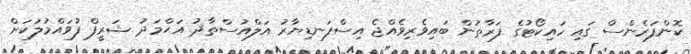
ކޮންފަރެންސް ގައި ހައިކޯޓުގެ ފަރާތުން ބައިވެރިވެއްޖެ އިސްފަނޑިޔާރު އަލްއުސްތާޛު އަޙްމަދު ޝަރީފް ފުވައްމުލަކަށް